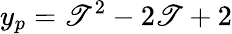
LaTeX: y_{p}=\mathscr{T}^{2}-2\mathscr{T}+2